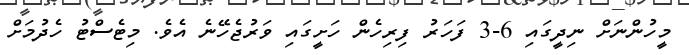
މީހުންނަށް ނިދީގައި 6-3 ފަހަރު ފިރިހެން ހަށީގައި ވަރުޖެހޭނެ އެވެ. މިޓެސްޓު ހެދުމަށް